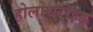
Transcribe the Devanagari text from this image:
होलोथरॉइड